Punjab Mental Hospital Lahore 1922-31 - 1922-1931
Year: 1922
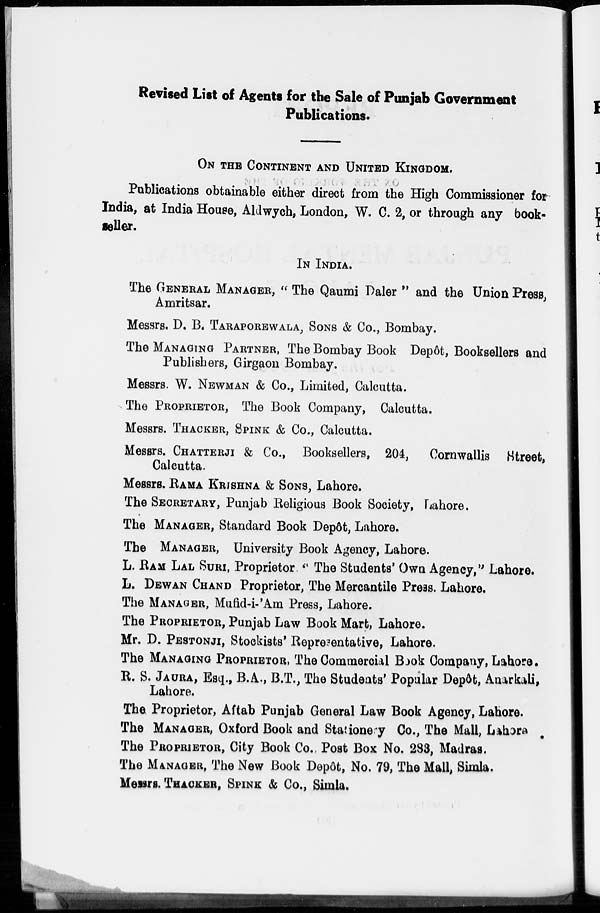
Revised List of Agents for the Sale of Punjab Government
Publications.
ON THE CONTINENT AND UNITED KINGDOM.
Publications obtainable either direct from the High Commissioner for
India, at India House, Aldwych, London, W. C. 2, or through any book-
seller.
IN INDIA.
The GENERAL MANAGER,"The Qaumi Daler" and the Union Press,
Amritsar.
Messrs. D. B. TARAPOREWALA, SONS & Co., Bombay.
The MANAGING PARTNER, The Bombay Book Depôt, Booksellers and
Publishers, Girgaon Bombay.
Messrs. W. NEWMAN & Co., Limited, Calcutta.
The PROPRIETOR, The Book Company, Calcutta.
Messrs. THACKER, SPINK & Co., Calcutta.
Messrs. CHATTERJI & Co., Booksellers, 204, Cornwallis Street,
Calcutta.
Messrs. RAMA KRISHNA &
SONS,Lahore.
The SECRETARY, Punjab Religious Book Society, Lahore.
The MANAGER, Standard Book Depôt, Lahore.
The MANAGER, University Book Agency, Lahore.
L. RAM LAL SURI, Proprietor. 'The Students' Own Agency," Lahore.
L. DEWAN CHAND Proprietor, The Mercantile Press. Lahore.
The MANAGER, Mufid-i-'Am Press, Lahore.
The PROPRIETOR, Punjab Law Book Mart, Lahore.
Mr. D. PESTONJI, Stockists' Representative, Lahore.
The MANAGING PROPRIETOR, The Commercial Book Company, Lahore.
R. S. JAURA , Esq., B.A., B.T., The Students' Popular Depôt, Anarkali,
Lahore.
The Proprietor, Aftab Punjab General Law Book Agency, Lahore.
The MANAGER, Oxford Book and Stationery Co., The Mall, Lahore
The PROPRIETOR, City Book Co., Post Box No. 283, Madras.
The MANAGER, The New Book Depôt, No, 79, The Mall, Simla.
Messrs.THACKER, SPINK & Co., Simla.